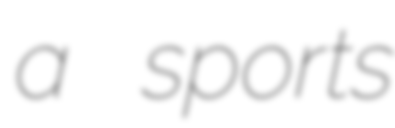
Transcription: a sports